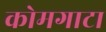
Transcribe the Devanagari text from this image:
कोमगाटा